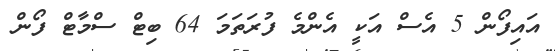
އައިފޯން 5 އެސް އަކީ އެންމެ ފުރަތަމަ 64 ބިޓް ސްމާޓް ފޯން